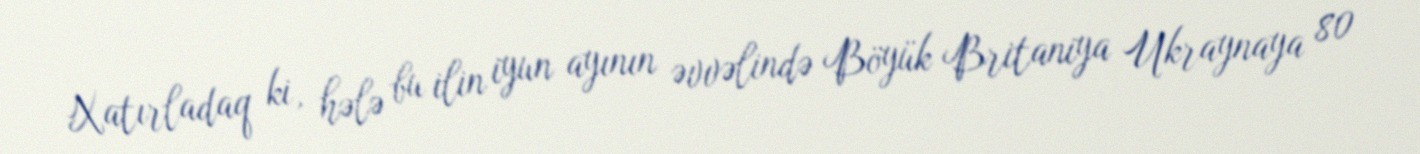
Xatırladaq ki, hələ bu ilin iyun ayının əvvəlində Böyük Britaniya Ukraynaya 80